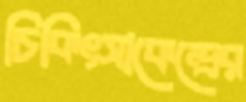
চিকিৎসাকেন্দ্রের